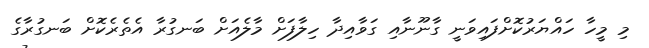
މި މީހާ ހައްޔަރުކޮށްފައިވަނީ ގާނޫނާއި ގަވާއިދާ ހިލާފަށް މާލެއަށް ބަނގުރާ އެތެރެކޮށް ބަނގުރާގެ